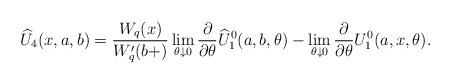
LaTeX: \begin{align*}\widehat{U}_4(x, a,b) = \frac{W_q(x)}{W_q'(b+)} \lim_{\theta \downarrow 0} \frac \partial {\partial \theta}\widehat{U}_1^0(a,b,\theta) - \lim_{\theta \downarrow 0} \frac \partial {\partial \theta} U_1^0(a,x,\theta).\end{align*}